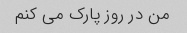
من در روز پارک می کنم